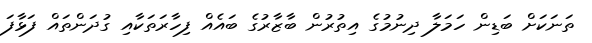
ތަނަކަށް ބަޑިން ހަމަލާ ދިނުމުގެ އިތުރުން ބާޒާރުގެ ބައެއް ފިހާރަތަކާއި ގުދަންތައް ފަޅާފަ